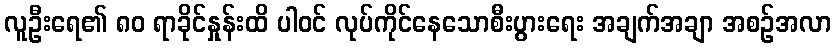
လူဦးရေ၏ ၈၀ ရာခိုင်နှုန်းထိ ပါဝင် လုပ်ကိုင်နေသောစီးပွားရေး အချက်အချာ အစဉ်အလာ